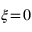
\xi \! = \! 0